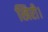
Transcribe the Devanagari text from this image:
खिरी।